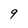
Character: 9